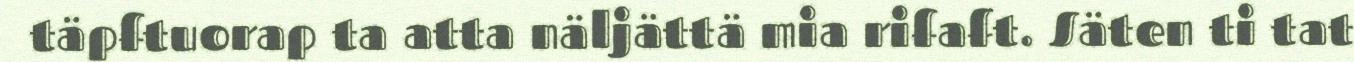
täpftuorap ta atta näljättä mia rifaft. Säten ti tat